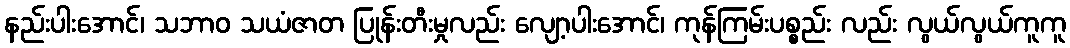
နည်းပါးအောင်၊ သဘာဝ သယံဇာတ ပြုန်းတီးမှုလည်း လျော့ပါးအောင်၊ ကုန်ကြမ်းပစ္စည်း လည်း လွယ်လွယ်ကူကူ